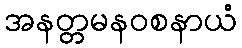
အနတ္တမနဝစနာယံ